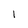
Character: 1